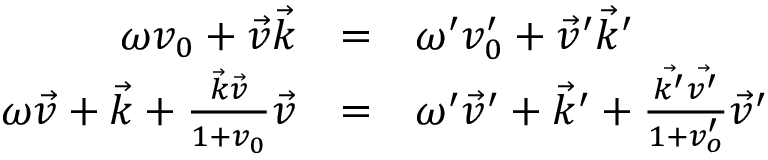
\begin{array} { r c l } { { \omega v _ { 0 } + \vec { v } \vec { k } } } & { { = } } & { { \omega ^ { \prime } v _ { 0 } ^ { \prime } + \vec { v } ^ { \prime } \vec { k } ^ { \prime } } } \\ { { \omega \vec { v } + \vec { k } + \frac { \vec { k } \vec { v } } { 1 + v _ { 0 } } \vec { v } } } & { { = } } & { { \omega ^ { \prime } \vec { v } ^ { \prime } + \vec { k } ^ { \prime } + \frac { \vec { k ^ { \prime } } \vec { v ^ { \prime } } } { 1 + v _ { o } ^ { \prime } } \vec { v } ^ { \prime } } } \end{array}